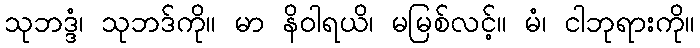
သုဘဒ္ဒံ၊ သုဘဒ်ကို။ မာ နိဝါရယိ၊ မမြစ်လင့်။ မံ၊ ငါဘုရားကို။